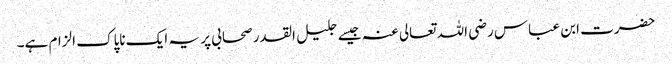
حضرت ابن عباس رضی اللہ تعالی عنہ جیسے جلیل القدر صحابی پر یہ ایک ناپاک الزام ہے۔